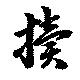
牘